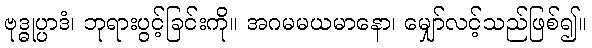
ဗုဒ္ဓုပ္ပာဒံ၊ ဘုရားပွင့်ခြင်းကို။ အဂမမယမာနော၊ မျှော်လင့်သည်ဖြစ်၍။